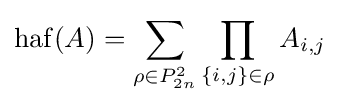
\operatorname {haf} (A)=\sum _{\rho \in P_{2n}^{2}}\prod _{\{i,j\}\in \rho }A_{i,j}